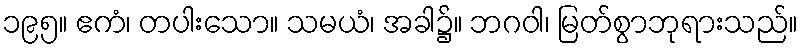
၁၉၅။ ဧကံ၊ တပါးသော။ သမယံ၊ အခါ၌။ ဘဂဝါ၊ မြတ်စွာဘုရားသည်။